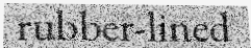
rubber-lined